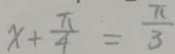
x + \frac { \pi } { 4 } = \frac { \pi } { 3 }